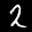
Label: 2